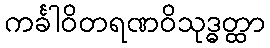
ကင်္ခါဝိတရဏဝိသုဒ္ဓတ္ထာ